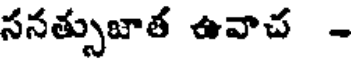
సనత్సుజాత ఉవాచ -